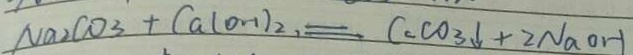
N a _ { 2 } C O _ { 3 } + C a ( O H ) _ { 2 } = C _ { 2 } C O _ { 3 } \downarrow + 2 N a O H